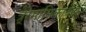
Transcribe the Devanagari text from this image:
त्रे्रेमासिकाचेही